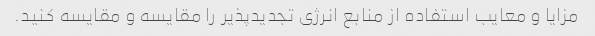
مزایا و معایب استفاده از منابع انرژی تجدیدپذیر را مقایسه و مقایسه کنید.